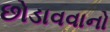
છોડાવવાનો